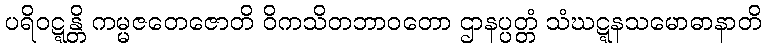
ပရိဝဋ္ဋန္တိ ကမ္မဇတေဇောတိ ဝိကသိတဘာဝတော ဌာနပ္ပတ္တံ သံဃဋ္ဋနသမောဓာနာတိ